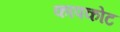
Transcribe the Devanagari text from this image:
कापकोट